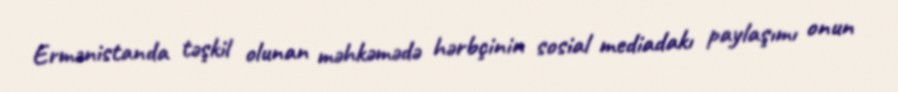
Ermənistanda təşkil olunan məhkəmədə hərbçinin sosial mediadakı paylaşımı onun